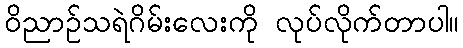
ဝိညာဉ်သရဲဂိမ်းလေးကို လုပ်လိုက်တာပါ။